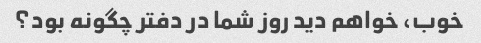
خوب، خواهم دید روز شما در دفتر چگونه بود؟